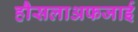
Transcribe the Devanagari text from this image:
हौसलाअफजाई